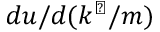
d u / d ( k ^ { \perp } / m )